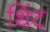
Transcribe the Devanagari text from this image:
थिंट